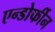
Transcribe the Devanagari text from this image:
एन्डोर्फीन